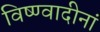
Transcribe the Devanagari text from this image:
विष्ण्वादीनां